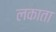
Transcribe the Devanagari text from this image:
लकाता